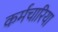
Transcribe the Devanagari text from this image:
कर्मचारिया